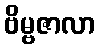
ဗိမ္ဗဇာလာ